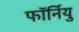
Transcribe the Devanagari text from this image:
फॉर्नियु